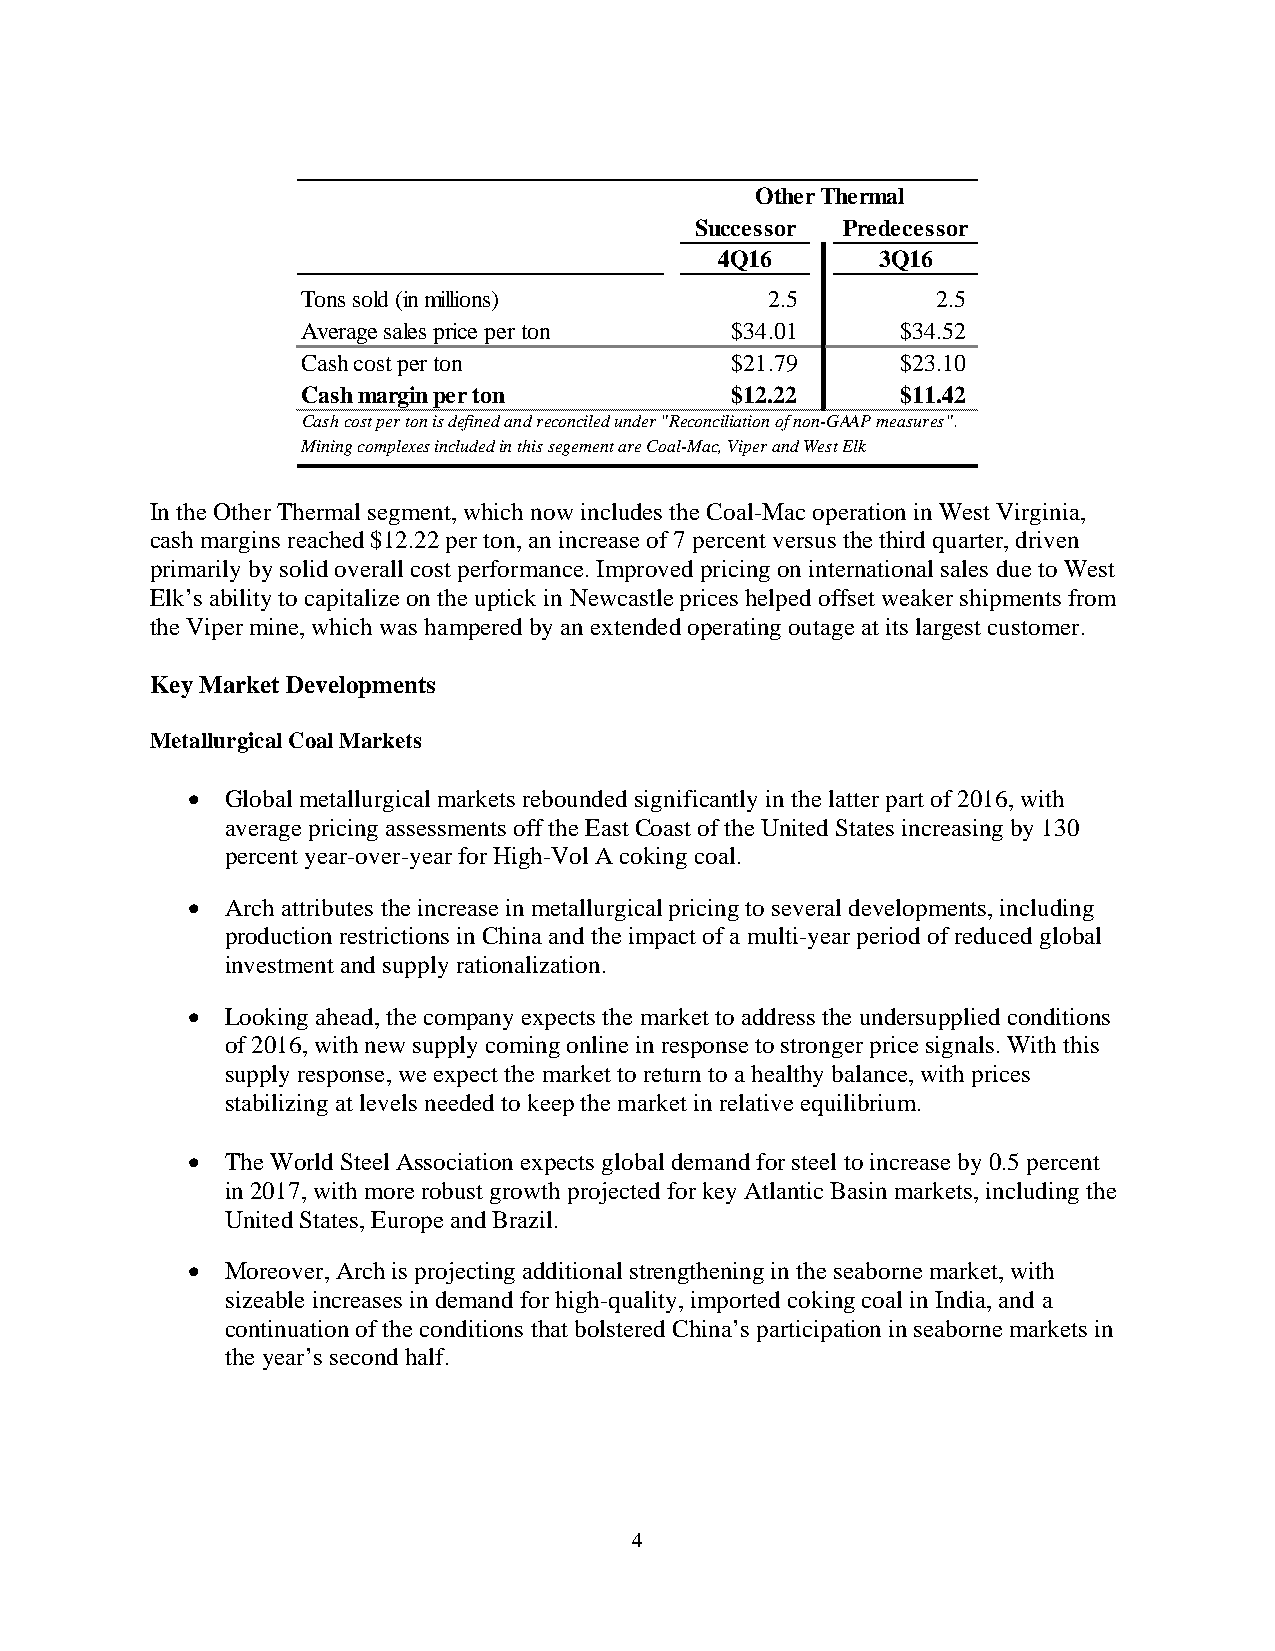
Other Thermal
 Successor Predecessor
 4Q16      3Q16
 Tons sold (in millions)        2.5        2.5
 Average sales price per ton $34.01      $34.52
 Cash cost per ton           $21.79      $23.10
 Cash margin per ton         $12.22      $11.42
 Cash cost per ton is defined and reconciled under "Reconciliation of non-GAAP measures".
 Mining complexes included in this segement are Coal-Mac, Viper and West Elk
 In the Other Thermal segment, which now includes the Coal-Mac operation in West Virginia,
 cash margins reached $12.22 per ton, an increase of 7 percent versus the third quarter, driven
 primarily by solid overall cost performance. Improved pricing on international sales due to West
 Elk’s ability to capitalize on the uptick in Newcastle prices helped offset weaker shipments from
 the Viper mine, which was hampered by an extended operating outage at its largest customer.
 Key Market Developments
 Metallurgical Coal Markets
   Global metallurgical markets rebounded significantly in the latter part of 2016, with
 average pricing assessments off the East Coast of the United States increasing by 130
 percent year-over-year for High-Vol A coking coal.
   Arch attributes the increase in metallurgical pricing to several developments, including
 production restrictions in China and the impact of a multi-year period of reduced global
 investment and supply rationalization.
   Looking ahead, the company expects the market to address the undersupplied conditions
 of 2016, with new supply coming online in response to stronger price signals. With this
 supply response, we expect the market to return to a healthy balance, with prices
 stabilizing at levels needed to keep the market in relative equilibrium.
   The World Steel Association expects global demand for steel to increase by 0.5 percent
 in 2017, with more robust growth projected for key Atlantic Basin markets, including the
 United States, Europe and Brazil.
   Moreover, Arch is projecting additional strengthening in the seaborne market, with
 sizeable increases in demand for high-quality, imported coking coal in India, and a
 continuation of the conditions that bolstered China’s participation in seaborne markets in
 the year’s second half.
 4